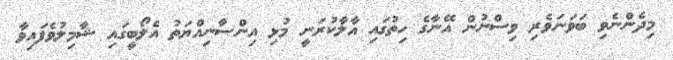
މިދެންނެވި ބަވަނަވެރި ވިސްނުން އޭނާގެ ހިތުގައި އާލާކުރަނީ މުޅި އިންސާނިއްޔަތު އެލޯބީގައި ޝާމިލުވެފައިވާ